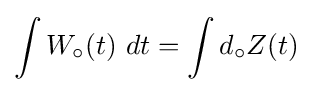
\int W_{\circ }(t)\ dt=\int d_{\circ }Z(t)